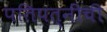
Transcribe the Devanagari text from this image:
पतिपत्‍नींची